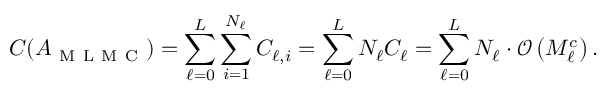
C ( A _ { \mathrm { ~ M ~ L ~ M ~ C ~ } } ) = \sum _ { \ell = 0 } ^ { L } \sum _ { i = 1 } ^ { N _ { \ell } } C _ { \ell , i } = \sum _ { \ell = 0 } ^ { L } N _ { \ell } C _ { \ell } = \sum _ { \ell = 0 } ^ { L } N _ { \ell } \cdot \mathcal { O } \left( M _ { \ell } ^ { c } \right) .